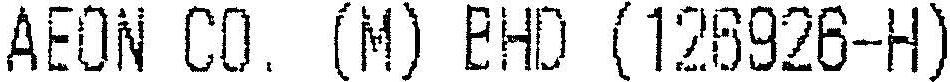
AEON CO. (M) BHD (126926-H)